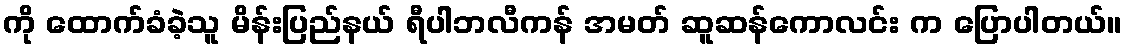
ကို ထောက်ခံခဲ့သူ မိန်းပြည်နယ် ရီပါဘလီကန် အမတ် ဆူဆန်ကောလင်း က ပြောပါတယ်။